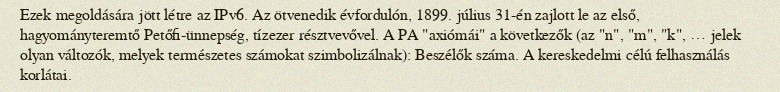
Ezek megoldására jött létre az IPv6. Az ötvenedik évfordulón, 1899. július 31-én zajlott le az első, hagyományteremtő Petőfi-ünnepség, tízezer résztvevővel. A PA "axiómái" a következők (az "n", "m", "k", … jelek olyan változók, melyek természetes számokat szimbolizálnak): Beszélők száma. A kereskedelmi célú felhasználás korlátai.